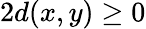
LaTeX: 2d(x,y)\geq 0